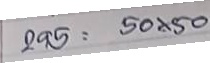
295 = 20 x 20